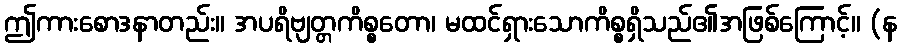
ဤကားစောဒနာတည်း။ အပရိဗျတ္တကိစ္စတော၊ မထင်ရှားသောကိစ္စရှိသည်၏အဖြစ်ကြောင့်။ (န